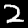
Label: 2